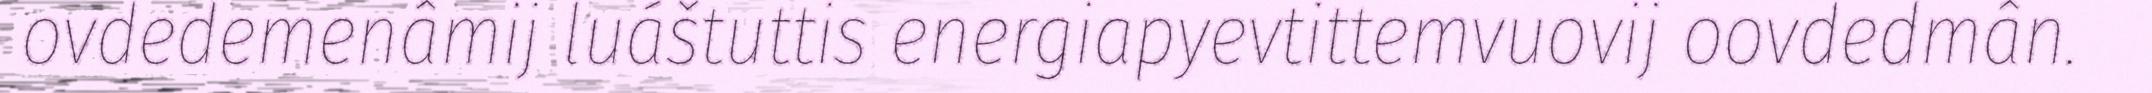
ovdedemenâmij luáštuttis energiapyevtittemvuovij oovdedmân.